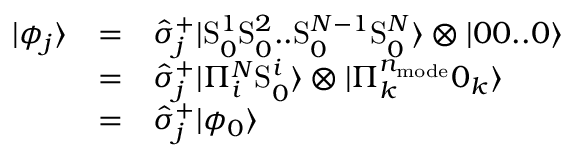
\begin{array} { c c l } { | \phi _ { j } \rangle } & { = } & { \hat { \sigma } _ { j } ^ { + } | \mathrm { S } _ { 0 } ^ { 1 } \mathrm { S } _ { 0 } ^ { 2 } . . \mathrm { S } _ { 0 } ^ { N - 1 } \mathrm { S } _ { 0 } ^ { N } \rangle \otimes | 0 0 . . 0 \rangle } \\ & { = } & { \hat { \sigma } _ { j } ^ { + } | \Pi _ { i } ^ { N } \mathrm { S } _ { 0 } ^ { i } \rangle \otimes | \Pi _ { k } ^ { n _ { \mathrm { m o d e } } } 0 _ { k } \rangle } \\ & { = } & { \hat { \sigma } _ { j } ^ { + } | \phi _ { 0 } \rangle } \end{array}